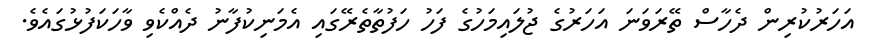
އަހަރުކުރިން ދެހާސް ތޭރަވަނަ އަހަރުގެ ޖުލައިމަހުގެ ފަހު ހަފުތާތެރޭގައި އެމަނިކުފާނު ދެއްކެވި ވާހަކަފުޅުގައެވެ.